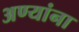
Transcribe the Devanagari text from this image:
अण्यांना